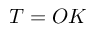
T = O K